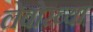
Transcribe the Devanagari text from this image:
लेबोरच्या